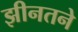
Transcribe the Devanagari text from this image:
झीनतने